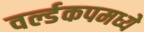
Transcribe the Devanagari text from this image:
वर्ल्डकपमध्ये